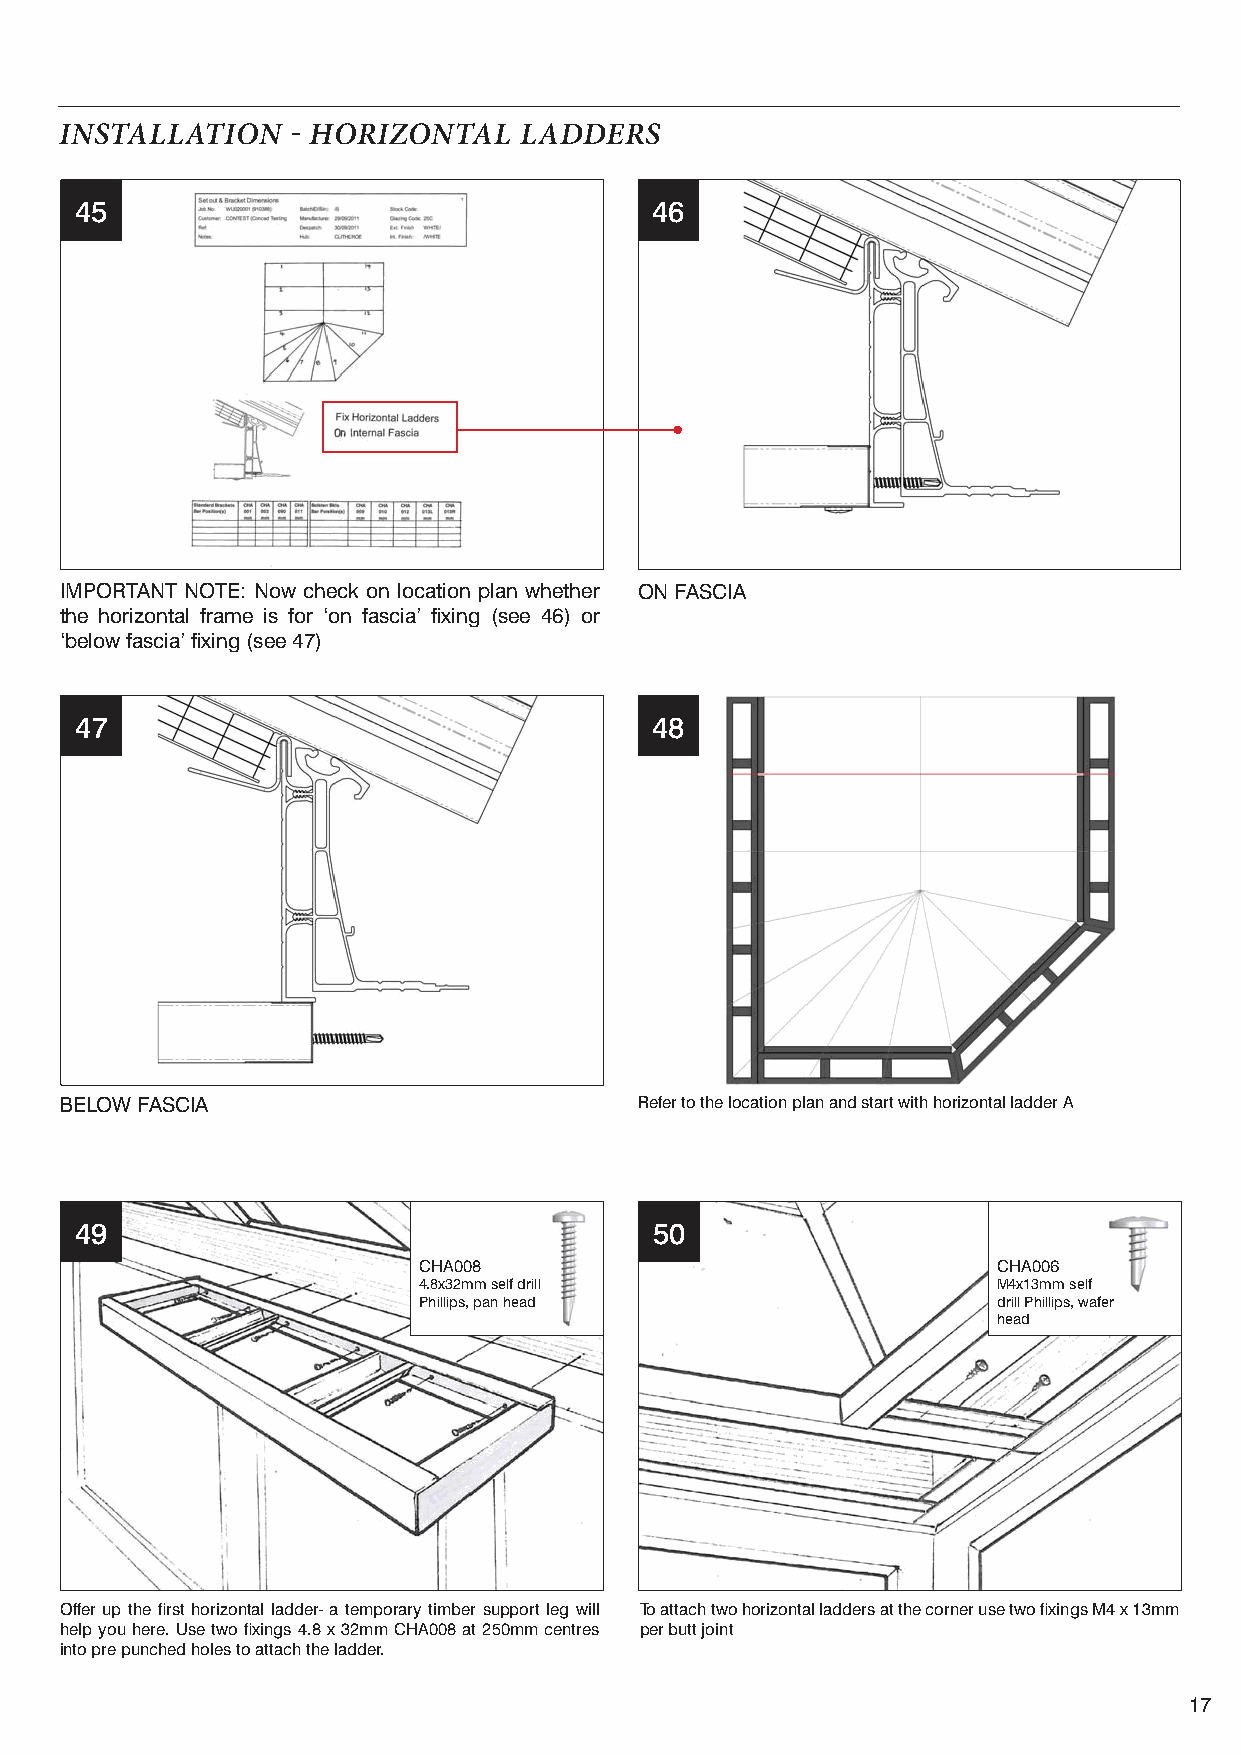
INSTALLATION    HORIZONTAL   LADDERS
 45                                    46
 IMPORTANT NOTE: Now check on location plan whether ON FASCIA
 the horizontal frame is for ‘on fascia’ fi xing (see 46) or
 ‘below fascia’ fi xing (see 47)
 47                                    4084
 BELOW FASCIA                          Refer to the location plan and start with horizontal ladder A
 49                                    50
 CHA008                                CHA006
 4.8x32mm self drill                   M4x13mm self
 Phillips, pan head                    drill Phillips, wafer
 head
 Offer up the fi rst horizontal ladder- a temporary timber support leg will To attach two horizontal ladders at the corner use two fi xings M4 x 13mm
 help you here. Use two fi xings 4.8 x 32mm CHA008 at 250mm centres per butt joint
 into pre punched holes to attach the ladder.
 17